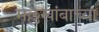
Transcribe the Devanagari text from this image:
मल्लखांबाच्या